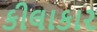
કીલાકાર